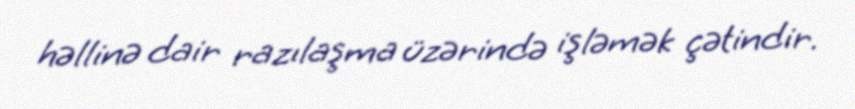
həllinə dair razılaşma üzərində işləmək çətindir.